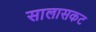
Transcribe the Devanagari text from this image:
सालासकट